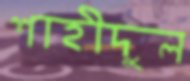
শাহীদুল